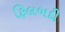
ફિલબદી